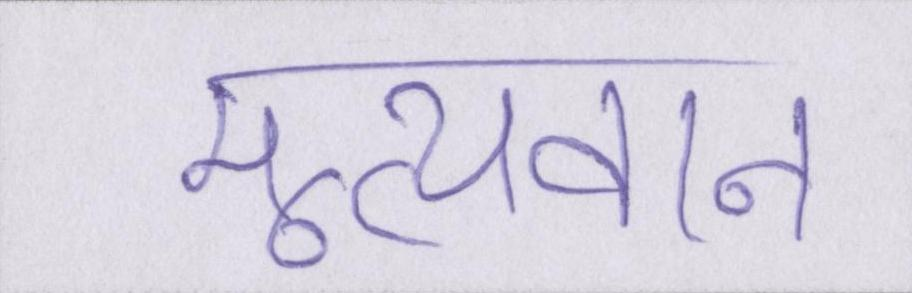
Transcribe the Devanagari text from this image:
मूल्यवान